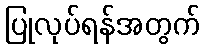
ပြုလုပ်ရန်အတွက်